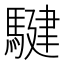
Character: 騝